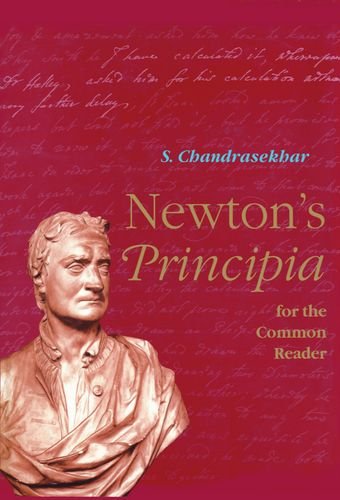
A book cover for Newton's Principia for the Common Reader (Physics); S. Chandrasekhar; Science & Math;